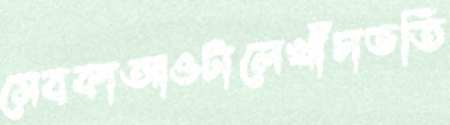
সেবকাআওটালেখাঁচাভর্তি